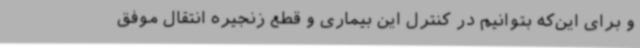
و برای این‌که بتوانیم در کنترل این بیماری و قطع زنجیره انتقال موفق